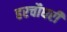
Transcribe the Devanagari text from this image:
हरचौधरी